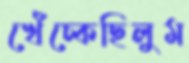
খেঁচ্‌কেছিলুম